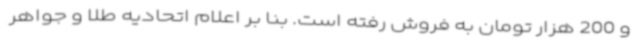
و 200 هزار تومان به فروش رفته است. بنا بر اعلام اتحادیه طلا و جواهر